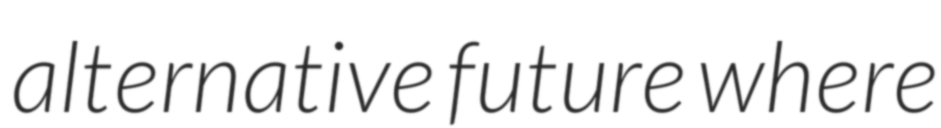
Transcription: alternative future where